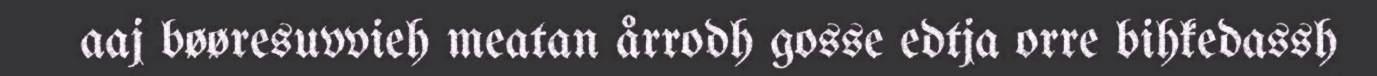
aaj bøøresuvvieh meatan årrodh gosse edtja orre bihkedassh